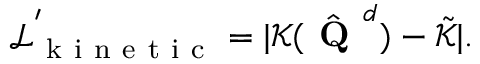
\mathcal { L ^ { ' } } _ { \mathrm { ~ k ~ i ~ n ~ e ~ t ~ i ~ c ~ } } = | \mathcal { K } ( \hat { \textbf { Q } } ^ { d } ) - \tilde { \mathcal { K } } | .